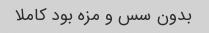
بدون سس و مزه بود کاملا